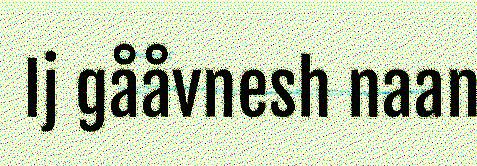
Ij gååvnesh naan